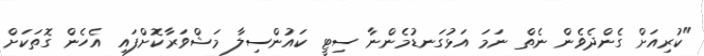
"ކުރިއަށް ގެންދެވެން ނެތް ނަމަ އަޅުގަނޑުމެންނާ ސިޓީ ކައުންސިލާ މަޝްވަރާކޮށްފައި އެހެން ގޮތަކަށް